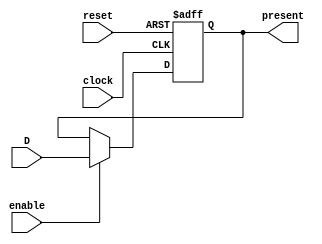
////////////////////////////////////////////////////////////////////////////////////////////////////
//
// Module:      register4bit
// Version:     1.1
// Description: This is a 4-bit register with asynchronous reset and synchronous load enable.
//              The register contents are the present state of the sequential circuit 
//              ** Note that this modules uses Verilog constructs that you are NOT permitted ** 
//              ** to use in your code                                                       **
//
// *****************************************
// YOU MUST NOT MODIFY ANY PART OF THIS FILE
// *****************************************
//
////////////////////////////////////////////////////////////////////////////////////////////////////

module register4bit(clock, reset, enable, D, present);
	input        clock;		// Register clock
	input        reset;		// Register asynchronous reset
	input        enable;		// Register synchronous enable
	input  [3:0] D;		   // The register inputs represent the next state of a D flip-flop.
	output [3:0] present;	// The register outputs represent the present state.
	reg    [3:0] present;
	
	always@(posedge clock or negedge reset) begin
		if(reset == 1'b0)
			present <= 4'b0;
		else if(enable == 1'b1)
			present <= D;
	end
	
endmodule